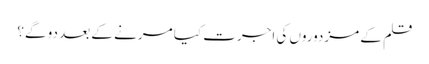
قلم کے مزدوروں کی اجرت کیا مرنے کے بعد دو گے؟